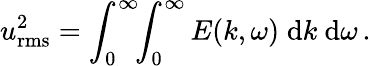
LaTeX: u_{\mathrm{rms}}^{2}=\int_{0}^{\infty}\! \! \int_{0}^{\infty}E(k,\omega)\; \mathrm{d}k\ \mathrm{d}\omega\, .